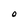
Character: O